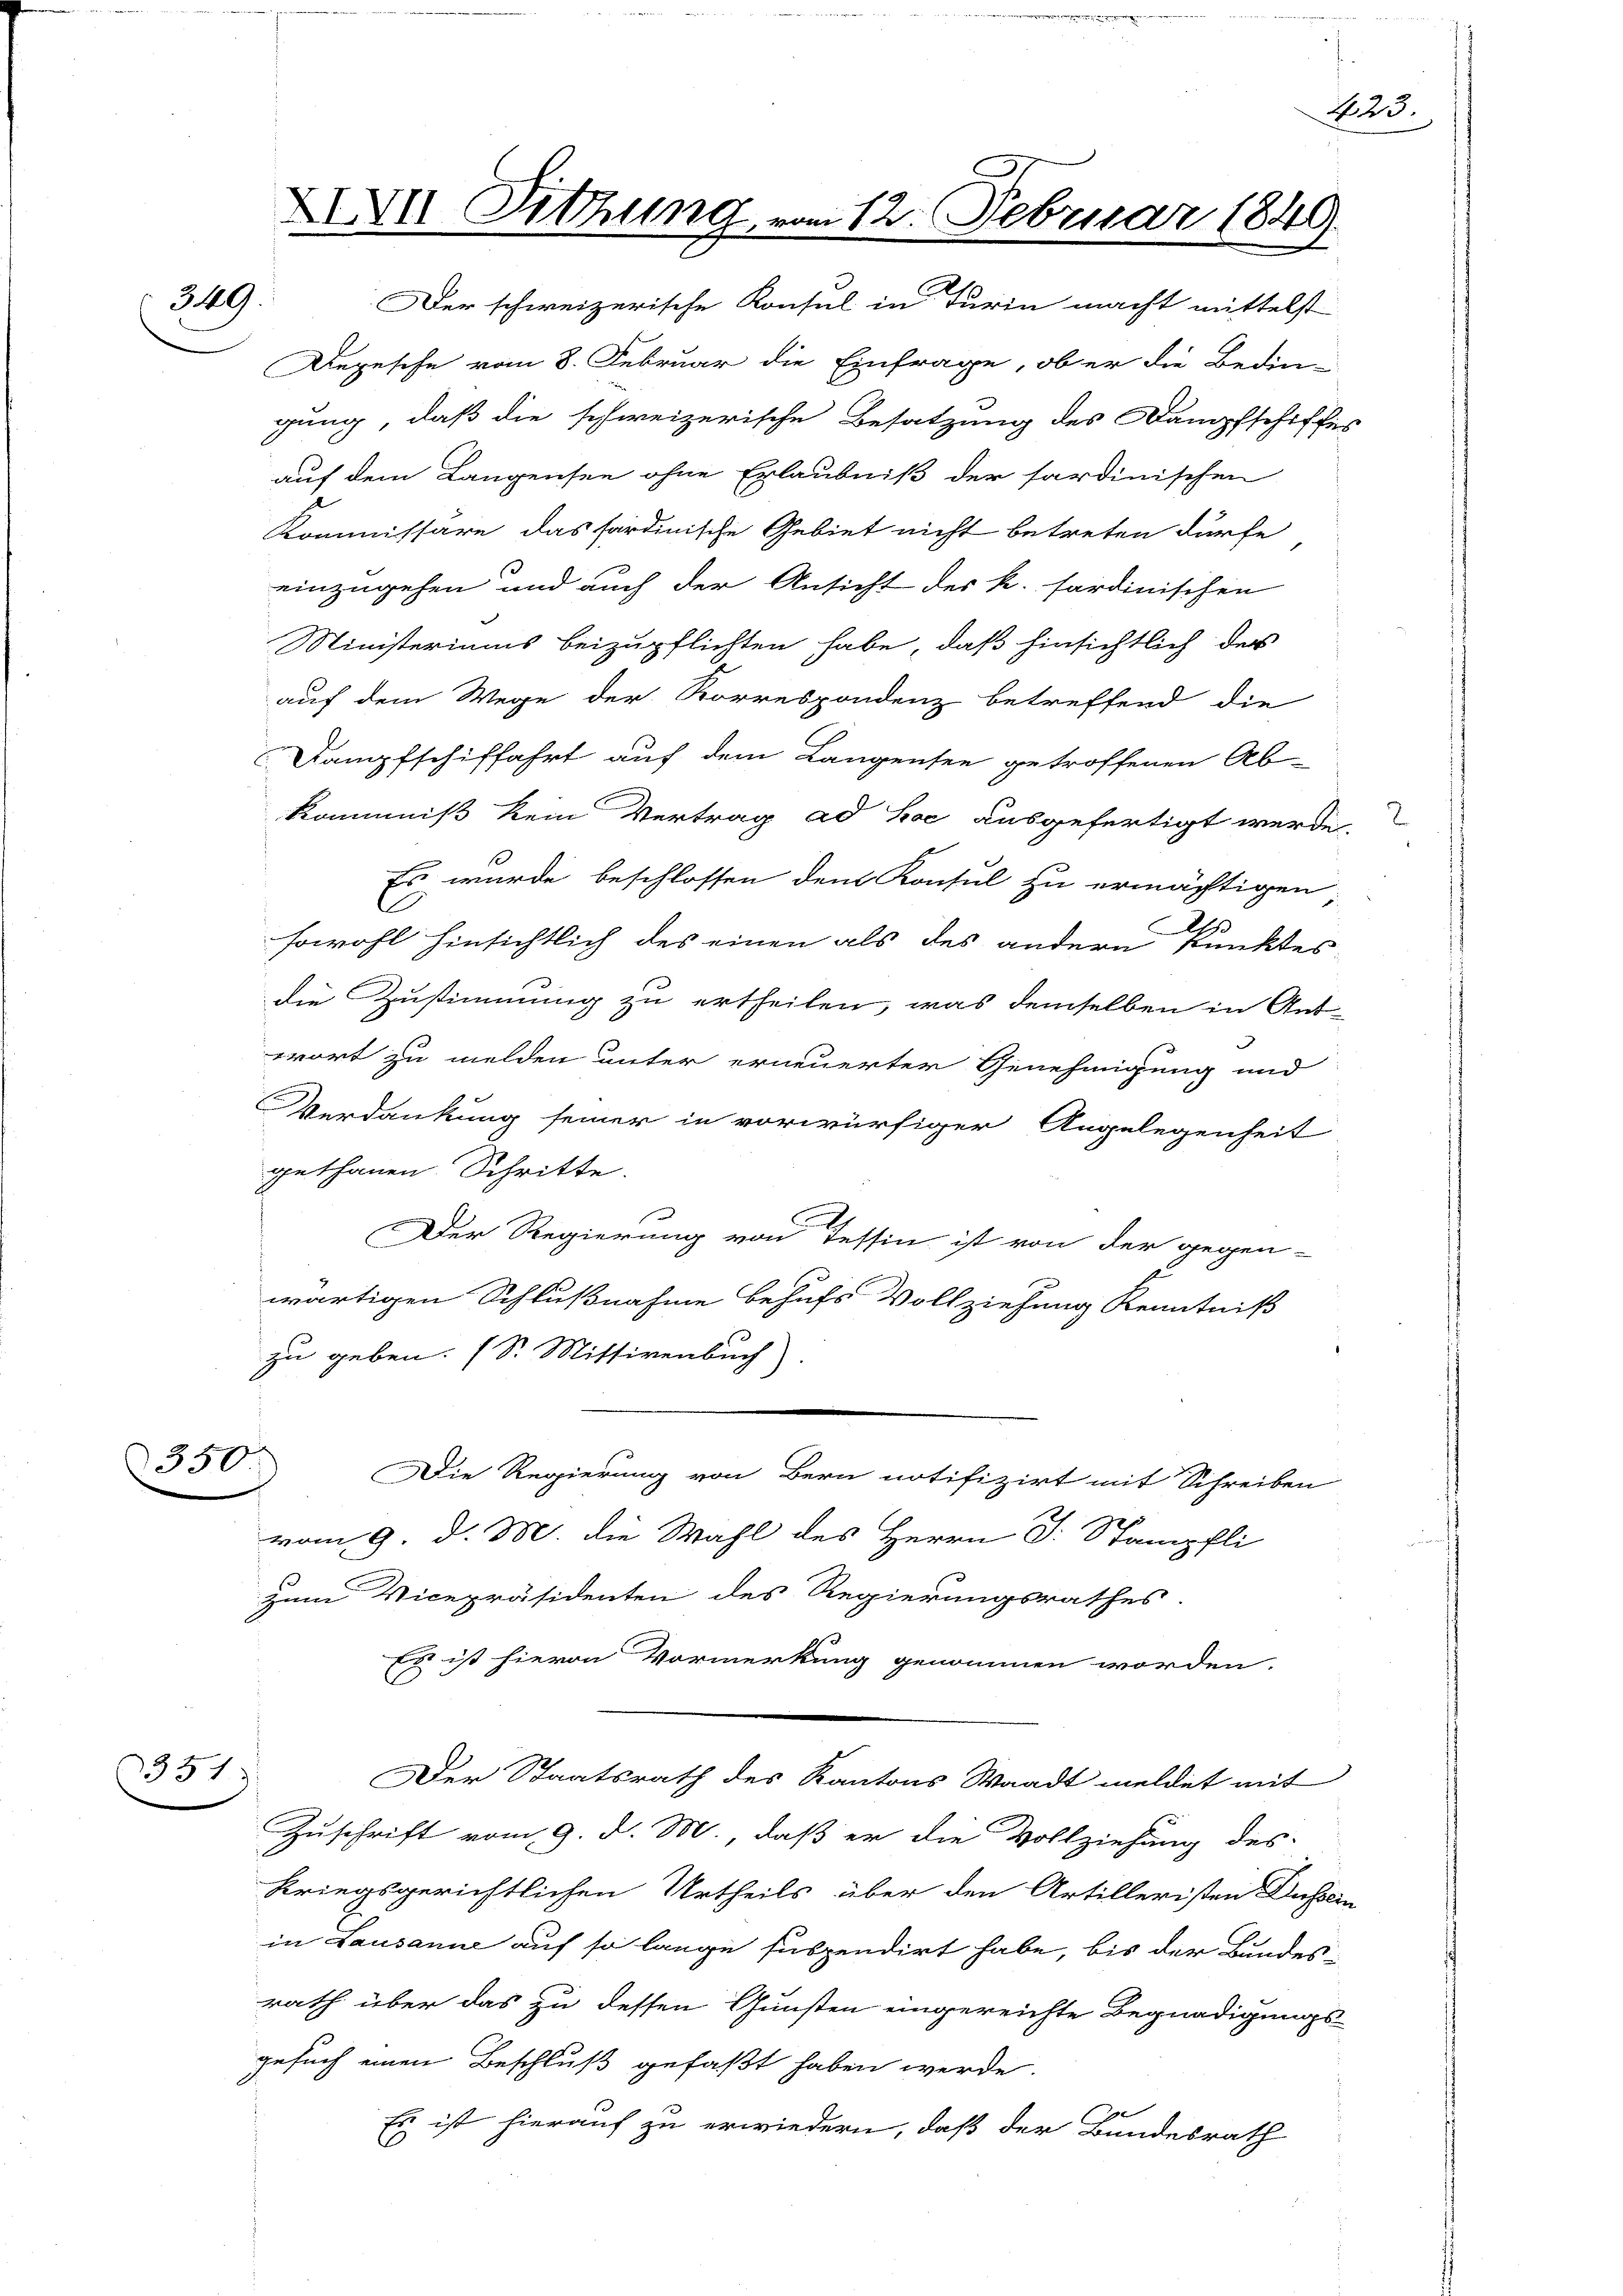
349.

350

351

Der schweizerische Konsul in Turin macht mittelst
Depesche vom 8. Februar die Einfrage, ob er die Bedin-
gung, daß die schweizerische Besatzung des Dampfschiffes
auf dem Langensee ohne Erlaubniß der sardinischen
Kommissäre das sardinische Gebiet nicht betreten dürfe
einzugehen und auch der Ansicht des k. sardinischen
Ministeriums beizupflichten habe, daß hinsichtlich der
auf dem Wege der Korrespondenz betreffend die
Dampfschiffahrt auf dem Langensee getroffenen Ab-
kommniß kein Vertrag ad hoc ausgefertigt werde
s
Es wurde beschlossen dem Konsul zu ermächtigen
E
sowohl hinsichtlich des einen als des andern Punktes
die Zustimmung zu ertheilen, was demselben in Ant-
wort zu melden unter erneuerter Genehmigung und
Verdankung seiner in vorwürfiger Angelegenheit
gethanen Schritte
Der Regierung von Tessin ist von der gegen-
wärtigen Schlußnahme behufs Vollziehung Kenntniß
zu geben. (S. Mittivenbuch)
Die Regierung von Bern notifizirt mit Schreiben
vom 9. d. M. die Wahl des Herrn J. Stampfli
s
zum Vicepräsidenten des Regierungsrathes.
 ist hievon Vormerkung genommen worden.
Der Staatsrath des Kantons Waadt meldet mit
Zuschrift vom 9. d. M., daß er die Vollziehung des
kriegsgerichtlichen Urtheils über den Artilleristen Dasse
in Lausanne auf so lange suspendirt habe, bis der Bundes-
rath über das zu dessen Gunsten eingereichte Begnadigungs-
gesuch einen Beschluß gefaßt haben werde.
Es ist hierauf zu erwiedern, daß der Bundesrath

XXVII Sitzung

am 12. Februar 1849.

423.

2

.

27